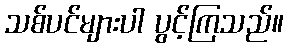
သစ်ပင်များပါ ပွင့်ကြသည်။